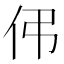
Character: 伄